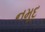
નમૂદ